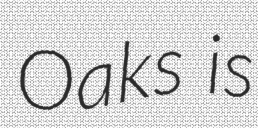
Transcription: Oaks is